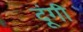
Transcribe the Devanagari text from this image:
दूंगी